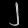
Digit: ၂